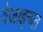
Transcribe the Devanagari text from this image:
वेजाइनल